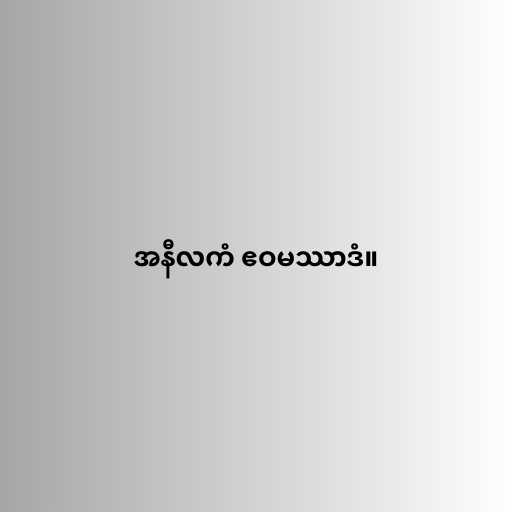
အနီလကံ ဧဝမဿာဒံ။